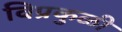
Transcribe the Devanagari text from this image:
विप्रकुळी